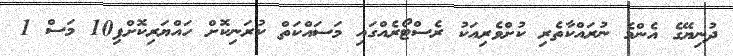
ދުނިޔޭގެ އެންމެ ނުރައްކާތެރި ކުށްވެރިއަކު ރެސްޓޯރެއްގައި މަސައްކަތް ކުރަނިކޮށް ހައްޔަރިކޮށްފި10 މަސް 1